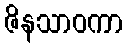
ဇိနသာဝကာ